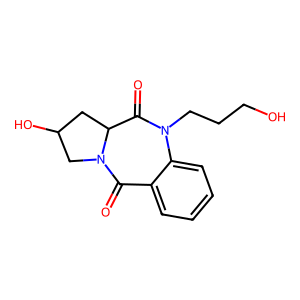
SMILES: O=C1C2CC(O)CN2C(=O)c2ccccc2N1CCCO
Inhibits HIV replication: No